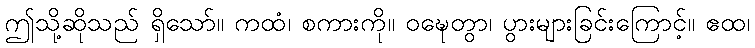
ဤသို့ဆိုသည် ရှိသော်။ ကထံ၊ စကားကို။ ဝဍ္ဎေတွာ၊ ပွားများခြင်းကြောင့်။ ဧထ၊